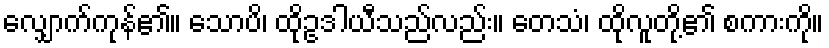
လျှောက်ကုန်၏။ သောပိ၊ ထိုဥဒါယီသည်လည်း။ တေသံ၊ ထိုလူတို့၏ စကားကို။